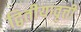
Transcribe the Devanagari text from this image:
द्वितीयावृत्ती